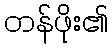
တန်ဖိုး၏